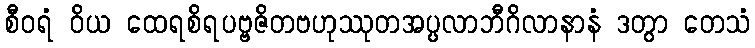
စီဝရံ ဝိယ ထေရစိရပဗ္ဗဇိတဗဟုဿုတအပ္ပလာဘီဂိလာနာနံ ဒတွာ တေသံ